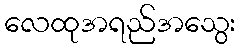
လေထုအရည်အသွေး